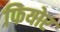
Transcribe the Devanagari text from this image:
फियोर